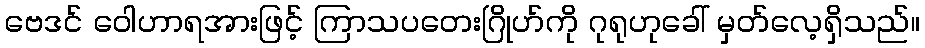
ဗေဒင် ဝေါဟာရအားဖြင့် ကြာသပတေးဂြိုဟ်ကို ဂုရုဟုခေါ် မှတ်လေ့ရှိသည်။